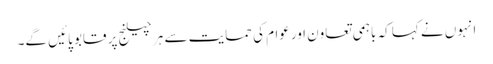
انہوں نے کہا کہ باہمی تعاون اورعوام کی حمایت سے ہر چیلنج پر قابو پائیں گے۔